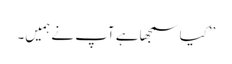
’’کیا سمجھا ہے آپ نے ہمیں۔